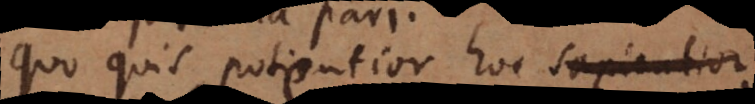
Quo quis potentior hoc sapientior